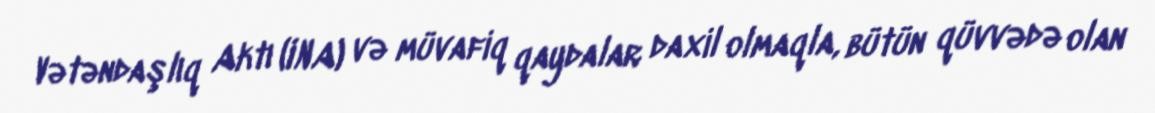
Vətəndaşlıq Aktı (INA) və müvafiq qaydalar daxil olmaqla, bütün qüvvədə olan